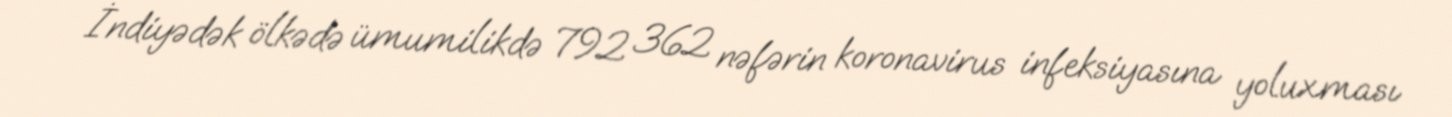
İndiyədək ölkədə ümumilikdə 792 362 nəfərin koronavirus infeksiyasına yoluxması